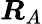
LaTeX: {\boldsymbol{R}_{A}}